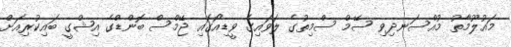
މައުލޫމާތު މުއްސަނދިވި ސޭމް ސްމިތުގެ ލަވައިގެ ވީޑިއޯގައި ޖޭމްސް ބޮންޑްގެ އިޝްގީ ބައިކުރިއަށް